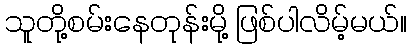
သူတို့စမ်းနေတုန်းမို့ ဖြစ်ပါလိမ့်မယ်။